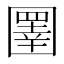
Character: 圛